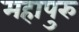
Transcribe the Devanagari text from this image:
महापुरु